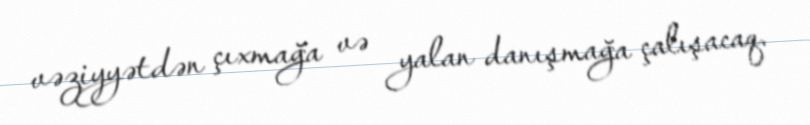
vəziyyətdən çıxmağa və yalan danışmağa çalışacaq.